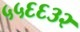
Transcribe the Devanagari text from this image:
५५६६३२